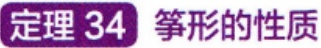
定理 34 筝形的性质